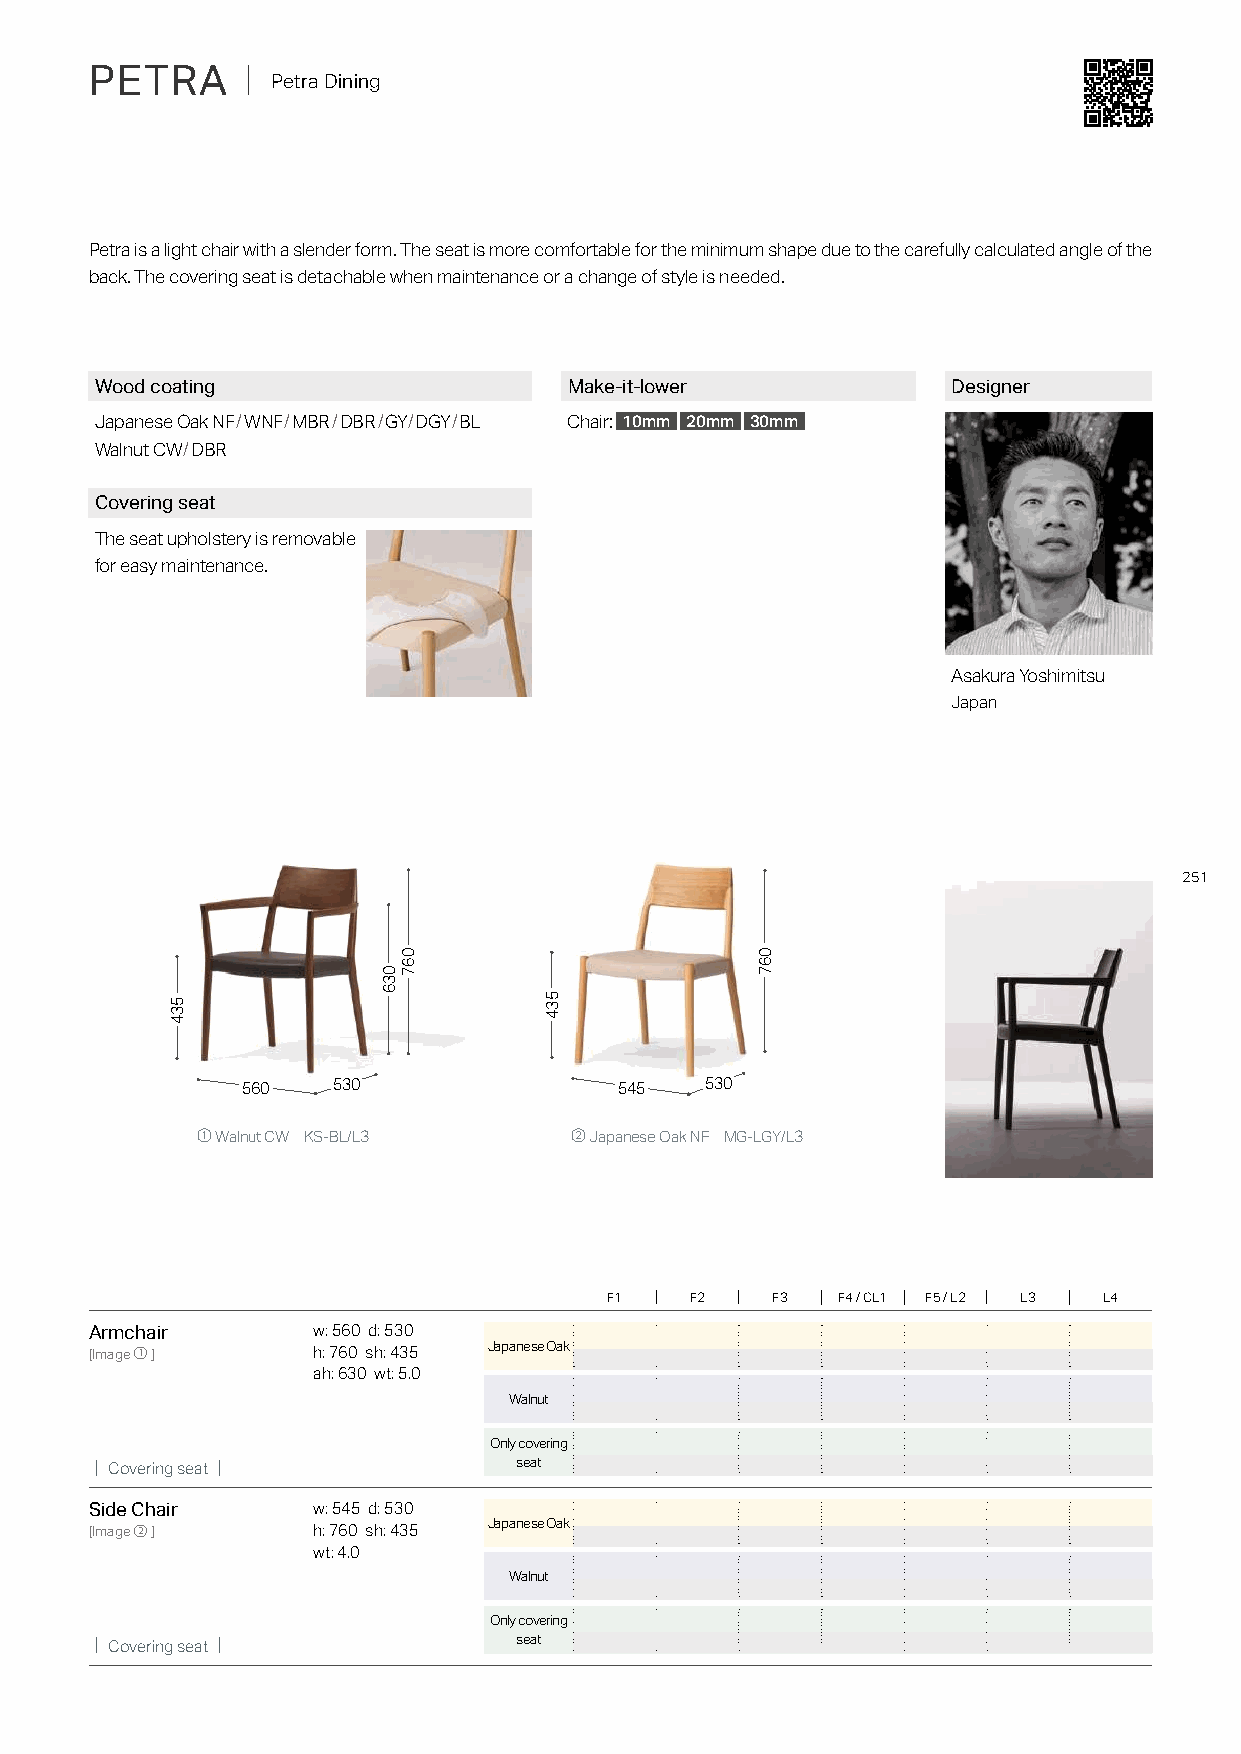
PETRA     ｜ Petra Dining
 Petra is a light chair with a slender form. The seat is more comfortable for the minimum shape due to the carefully calculated angle of the
 back. The covering seat is detachable when maintenance or a change of style is needed.
 Wood coating                    Make-it-lower            Designer
 Japanese Oak NF/WNF/MBR/DBR/GY/DGY/BL Chair: 10mm 20mm 30mm
 Walnut CW/DBR
 Covering seat
 The seat upholstery is removable
 for easy maintenance.
 Asakura Yoshimitsu
 Japan
 251
 560   530                545   530
 ① Walnut CW KS-BL/L3     ② Japanese Oak NF MG-LGY/L3
 F1    F2   F3  F4 / CL1 F5 / L2 L3 L4
 Armchair       w: 560 d: 530
 [Image①]       h: 760 sh: 435 Japanese Oak
 ah: 630 wt: 5.0
 Walnut
 Only covering
 ｜Covering seat｜
 seat
 Side Chair     w: 545 d: 530
 Japanese Oak
 [Image②]       h: 760 sh: 435
 wt: 4.0
 Walnut
 Only covering
 ｜Covering seat｜
 seat
 534
 036
 067
 534
 067